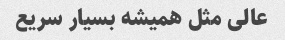
عالی مثل همیشه بسیار سریع